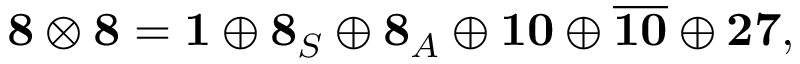
{ \bf 8 } \otimes { \bf 8 } = { \bf 1 } \oplus { \bf 8 } _ { S } \oplus { \bf 8 } _ { A } \oplus { \bf 1 0 } \oplus \overline { { { \bf 1 0 } } } \oplus { \bf 2 7 } ,